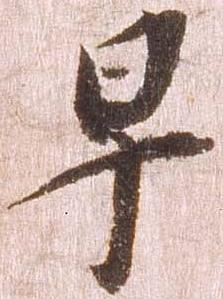
早